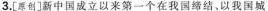
3.[原创]新中国成立以来第一个在我国缔结，以我国城